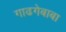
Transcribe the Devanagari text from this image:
गाढगेबाबा